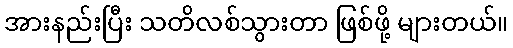
အားနည်းပြီး သတိလစ်သွားတာ ဖြစ်ဖို့ များတယ်။